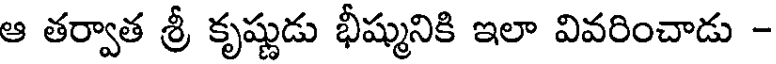
ఆ తర్వాత శ్రీ కృష్ణుడు భీష్మునికి ఇలా వివరించాడు -